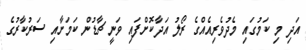
އަދި މި ކަމުގައި މެދުވެރިއެއްގެ ރޯލު އަދާކޮށްފައި ވަނީ ޗާޑުން ކަމަށާއި ސަރުކާރުގެ